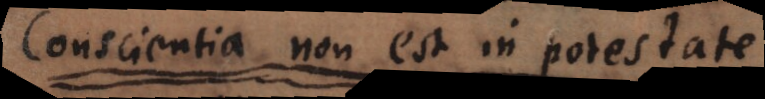
Conscientia non est in potestate.